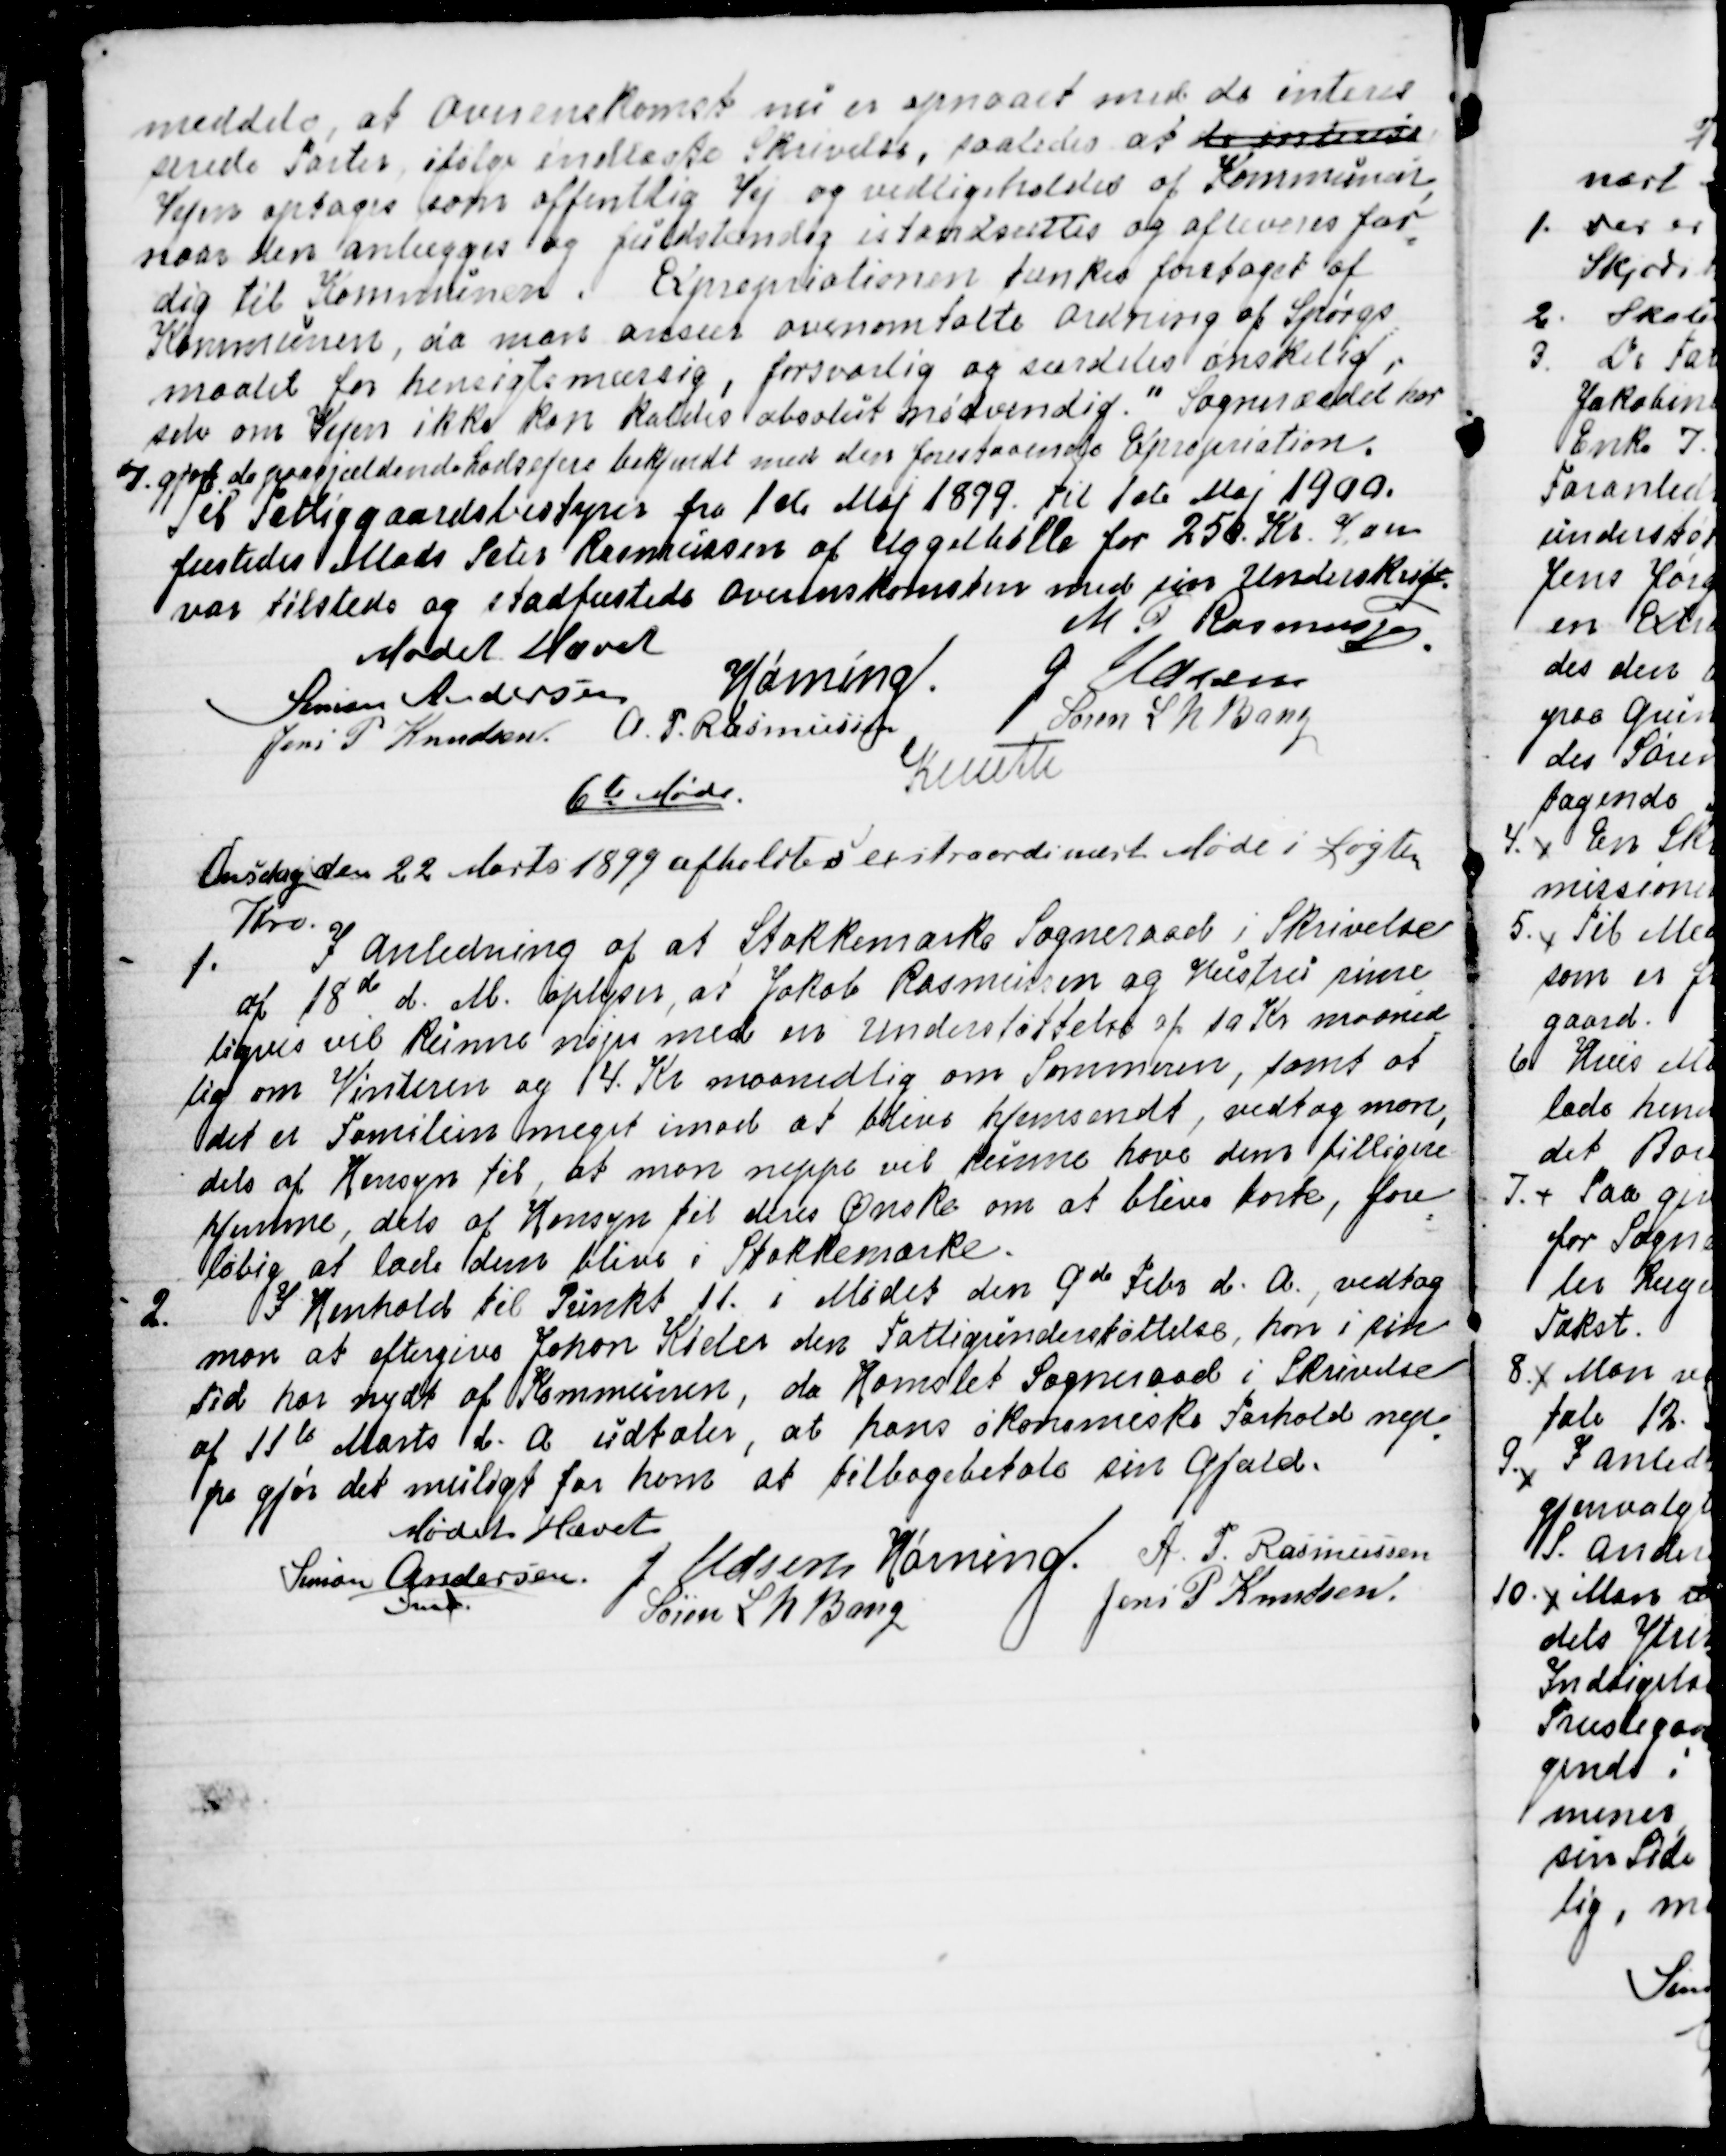
Transskription:
meddele, at Overenskomst nu et opnaaet med de interes
=
serede Parter ifølge indlæste Skrivelse, saaledes at de interes
Vejen optages som offentlig Vej og vedligeholdes af Kommunen,
naar den anlægges og fuldstændig istandsættes og afleveres fær
=
dig til Kommunen. Expropriationen tænkes foretaget af
Kommunen, da man anser ovenomtalte Ordning af Spørgs
=
maalet for hensigtsmæssig, forsvarlig og særdeles ønskelig,
selv om Vejen ikke kan kaldes absolut nødvendig. " Sogneraadet har
7. gjort de paagjældende Lodsejere bekjendt med den forestaaende Expropriation.
Til Fattiggaardsbestyrer fra 1ste Maj 1899 til 1ste Maj 1900.
fæstedes Mads Peter Rasmussen af Uggelbølle for 250. Kr. Han
var tilstede og stadfæstede Overenskomsten med sin Underskrift.
M. P. Rasmussen.
Mødet Hævet
Simon Andersen
Hørning.
J Udsen
Jens. P. Knudsen.
A. P. Rasmussen
Søren L. N. Bang
Knuth

6te Møde.
Onsdag den 22. Marts 1899 afholdtes extraordinært Møde i Løgten
Kro.
1. I Anledning af at Stokkemarke Sogneraad i Skrivelse
af 18de d. M. oplyser, at Jakob Rasmussen og Hustru rime
=
ligvis vil kunne nøjes med en Undersøttelse af 10 Kr maaned
=
lig om Vinteren og 14. Kr. maanedlig om Sommeren, samt at
det er Familien meget imod at blive hjemsendt, vedtog man,
dels af Hensyn til at man neppe vil kunne have dem billigere
hjemme, dels af Hensyn til deres Ønske om at blive borte, fore
=
løbig at lade dem blive i Stokkemarke.
2. I Henhold til Punkt 11. i Mødet den 9de Febr d. A., vedtog
man at eftergive Johan Kieler den Fattigunderstøttelse, han i sin
Tid har nydt af Kommunen, da Hornslet Sogneraad i Skrivelse
af 11te Marts d.A. udtaler, at hans økonomiske Forhold nep
=
pe gjør det muligt for ham at tilbagebetale sin Gjæld.
Mødet Hævet
Simon Andersen
Fmd.
J Udsen
Hørning.
A. P. Rasmussen
Søren L. N. Bang
Jens P. Knudsen